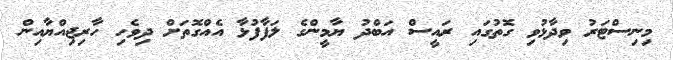
މިނިސްޓަރު ވިދާޅުވި ގޮތުގައި ރައީސް އަބްދު ޔާމީންގެ ލަފާފުޅާ އެއްގޮތަށް ދިވެހި ހާރިޖިއްޔާއިން